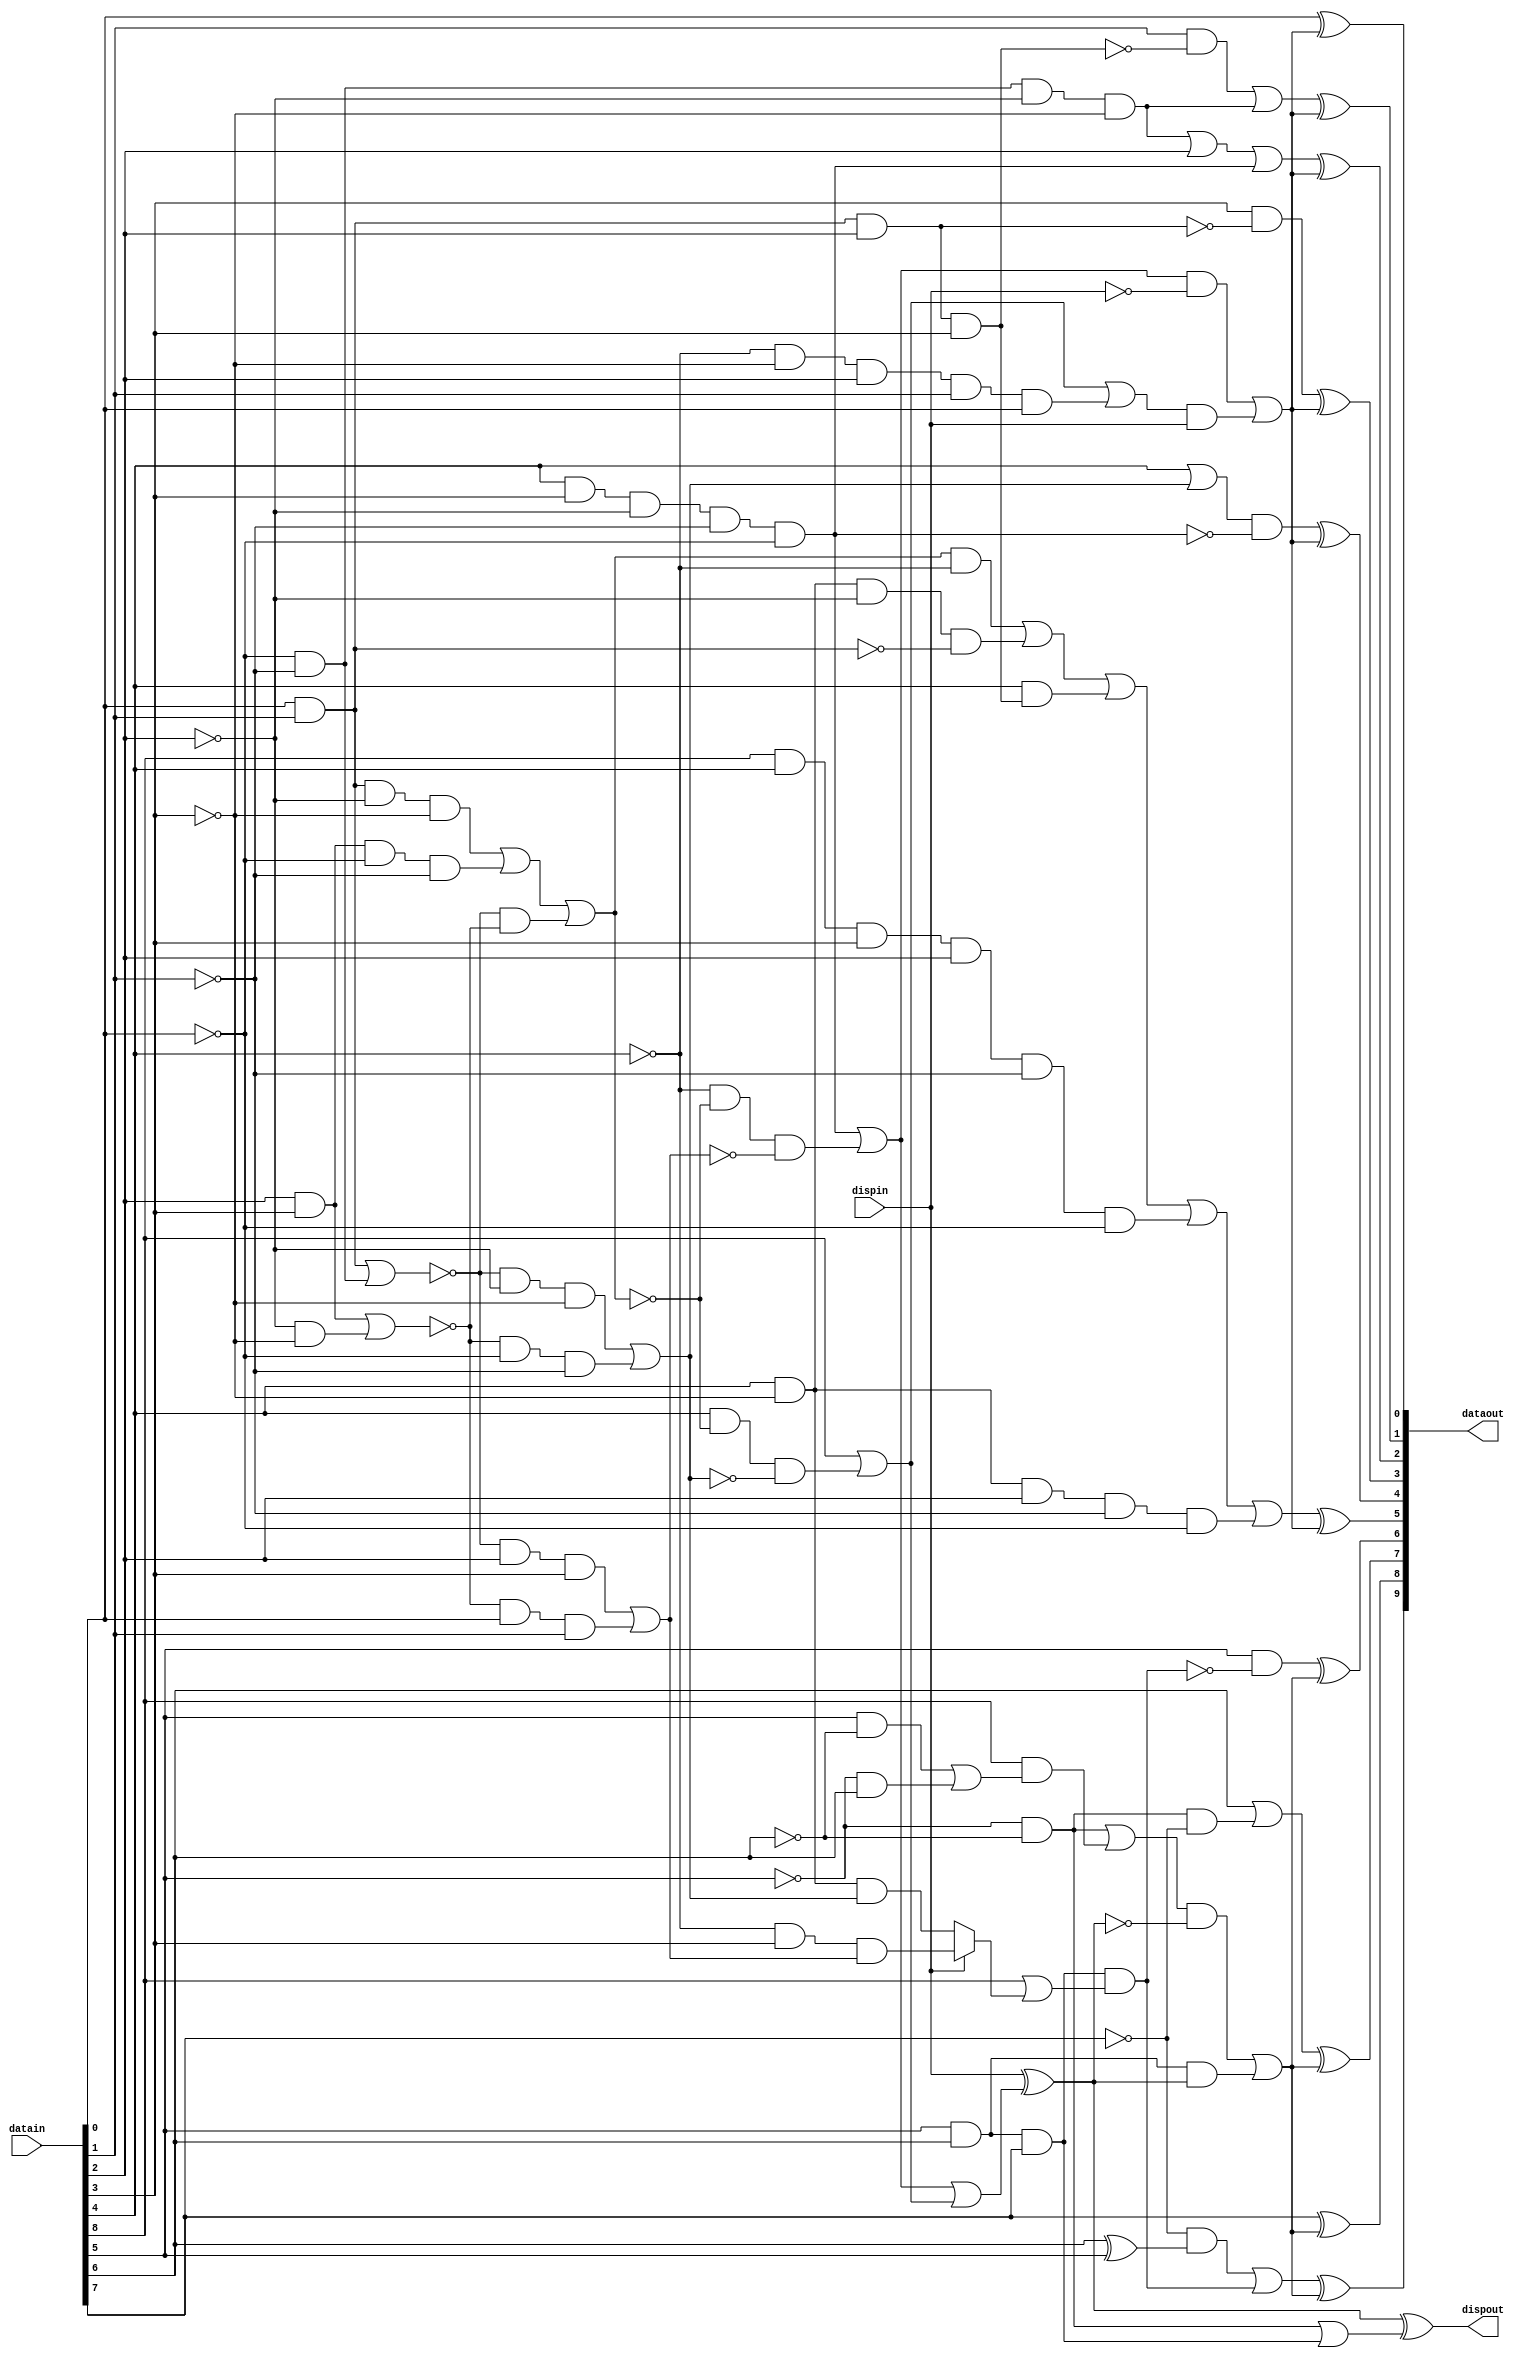
module encode (datain, dispin, dataout, dispout) ;
  input [8:0]   datain ;
  input 	dispin ;  // 0 = neg disp; 1 = pos disp
  output [9:0]	dataout ;
  output	dispout ;


  wire ai = datain[0] ;
  wire bi = datain[1] ;
  wire ci = datain[2] ;
  wire di = datain[3] ;
  wire ei = datain[4] ;
  wire fi = datain[5] ;
  wire gi = datain[6] ;
  wire hi = datain[7] ;
  wire ki = datain[8] ;

  wire aeqb = (ai & bi) | (!ai & !bi) ;
  wire ceqd = (ci & di) | (!ci & !di) ;
  wire l22 = (ai & bi & !ci & !di) |
	     (ci & di & !ai & !bi) |
	     ( !aeqb & !ceqd) ;
  wire l40 = ai & bi & ci & di ;
  wire l04 = !ai & !bi & !ci & !di ;
  wire l13 = ( !aeqb & !ci & !di) |
	     ( !ceqd & !ai & !bi) ;
  wire l31 = ( !aeqb & ci & di) |
	     ( !ceqd & ai & bi) ;

  // The 5B/6B encoding

  wire ao = ai ;
  wire bo = (bi & !l40) | l04 ;
  wire co = l04 | ci | (ei & di & !ci & !bi & !ai) ;
  wire do = di & ! (ai & bi & ci) ;
  wire eo = (ei | l13) & ! (ei & di & !ci & !bi & !ai) ;
  wire io = (l22 & !ei) |
	    (ei & !di & !ci & !(ai&bi)) |  // D16, D17, D18
	    (ei & l40) |
	    (ki & ei & di & ci & !bi & !ai) | // K.28
	    (ei & !di & ci & !bi & !ai) ;

  // pds16 indicates cases where d-1 is assumed + to get our encoded value
  wire pd1s6 = (ei & di & !ci & !bi & !ai) | (!ei & !l22 & !l31) ;
  // nds16 indicates cases where d-1 is assumed - to get our encoded value
  wire nd1s6 = ki | (ei & !l22 & !l13) | (!ei & !di & ci & bi & ai) ;

  // ndos6 is pds16 cases where d-1 is + yields - disp out - all of them
  wire ndos6 = pd1s6 ;
  // pdos6 is nds16 cases where d-1 is - yields + disp out - all but one
  wire pdos6 = ki | (ei & !l22 & !l13) ;


  // some Dx.7 and all Kx.7 cases result in run length of 5 case unless
  // an alternate coding is used (referred to as Dx.A7, normal is Dx.P7)
  // specifically, D11, D13, D14, D17, D18, D19.
  wire alt7 = fi & gi & hi & (ki | 
			      (dispin ? (!ei & di & l31) : (ei & !di & l13))) ;

   
  wire fo = fi & ! alt7 ;
  wire go = gi | (!fi & !gi & !hi) ;
  wire ho = hi ;
  wire jo = (!hi & (gi ^ fi)) | alt7 ;

  // nd1s4 is cases where d-1 is assumed - to get our encoded value
  wire nd1s4 = fi & gi ;
  // pd1s4 is cases where d-1 is assumed + to get our encoded value
  wire pd1s4 = (!fi & !gi) | (ki & ((fi & !gi) | (!fi & gi))) ;

  // ndos4 is pd1s4 cases where d-1 is + yields - disp out - just some
  wire ndos4 = (!fi & !gi) ;
  // pdos4 is nd1s4 cases where d-1 is - yields + disp out 
  wire pdos4 = fi & gi & hi ;

  // only legal K codes are K28.0->.7, K23/27/29/30.7
  //	K28.0->7 is ei=di=ci=1,bi=ai=0
  //	K23 is 10111
  //	K27 is 11011
  //	K29 is 11101
  //	K30 is 11110 - so K23/27/29/30 are ei & l31
  wire illegalk = ki & 
		  (ai | bi | !ci | !di | !ei) & // not K28.0->7
		  (!fi | !gi | !hi | !ei | !l31) ; // not K23/27/29/30.7

  // now determine whether to do the complementing
  // complement if prev disp is - and pd1s6 is set, or + and nd1s6 is set
  wire compls6 = (pd1s6 & !dispin) | (nd1s6 & dispin) ;

  // disparity out of 5b6b is disp in with pdso6 and ndso6
  // pds16 indicates cases where d-1 is assumed + to get our encoded value
  // ndos6 is cases where d-1 is + yields - disp out
  // nds16 indicates cases where d-1 is assumed - to get our encoded value
  // pdos6 is cases where d-1 is - yields + disp out
  // disp toggles in all ndis16 cases, and all but that 1 nds16 case

  wire disp6 = dispin ^ (ndos6 | pdos6) ;

  wire compls4 = (pd1s4 & !disp6) | (nd1s4 & disp6) ;
  assign dispout = disp6 ^ (ndos4 | pdos4) ;

  assign dataout = {(jo ^ compls4), (ho ^ compls4),
		    (go ^ compls4), (fo ^ compls4),
		    (io ^ compls6), (eo ^ compls6),
		    (do ^ compls6), (co ^ compls6),
		    (bo ^ compls6), (ao ^ compls6)} ;

endmodule